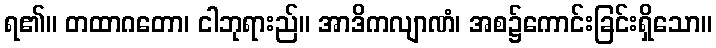
ရ၏။ တထာဂတော၊ ငါဘုရားည်။ အာဒိကလျာဏံ၊ အစ၌ကောင်းခြင်းရှိသော။